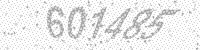
Solution: 601485